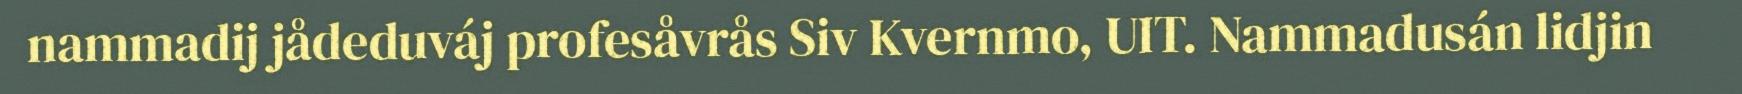
nammadij jådeduváj profesåvrås Siv Kvernmo, UIT. Nammadusán lidjin